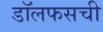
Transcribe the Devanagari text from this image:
डॉलफसची